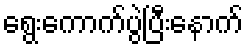
ရွေးကောက်ပွဲပြီးနောက်